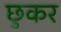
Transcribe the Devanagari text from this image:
छुकर